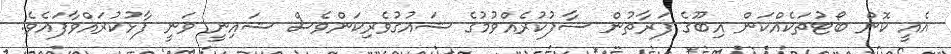
އެއީ ކޮން ބޯޓުތަކެއްކަން އިބޫގެ ފަރާތުން ސާފުކުރެއްވުމުގެ ޝައުގުވެރިކަންވެސް ޝައިނީ ވަނީ ފާޅުކުރައްވާފައެވެ.